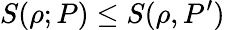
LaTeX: S(\rho;P)\le S(\rho,P^{\prime})